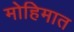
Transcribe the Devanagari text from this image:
मोहिमात